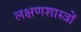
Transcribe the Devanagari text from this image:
लक्षणशास्त्रों